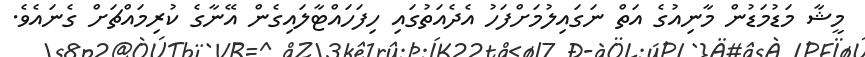
މީޝާ މަޑުމަޑުން މާނިއުގެ އަތް ނަގައިލުމަށްފަހު އެދެއަތުގައި ހިފަހައްޓާލައިގެން އޭނާގެ ކުރިމައްޗަށް ގެނައެވެ.